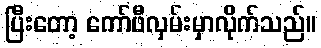
ပြီးတော့ ကော်ဖီလှမ်းမှာလိုက်သည်။